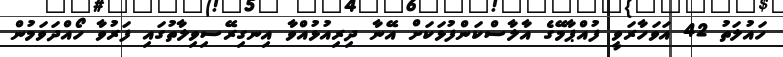
ހައުލަތު 42 އަވަހާރަވީ ފުއްޕާމޭގެ އާލާސްކަންފުޅަކަށް އޭނާ ދިރިއުޅުއްވާ އިނގިރޭސިވިލާތުގައި ފަރުވާ ހޯއްދަވަމުން